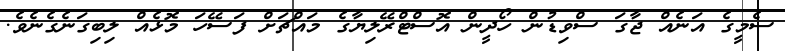
ސެމީގެ އަނެއް ޖާގަ ސްވިޑުން ހޯދީން އޮސްޓްރޭލިޔާގެ މައްޗަށް ފަސޭހަ މޮޅެއް ލިބިގަނެގެނެވެ.